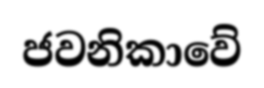
ජවනිකාවේ